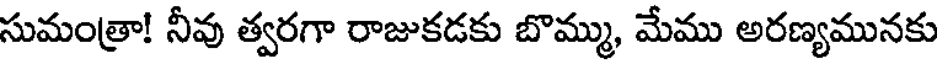
సుమంత్రా! నీవు త్వరగా రాజుకడకు బొమ్ము, మేము అరణ్యమునకు